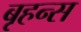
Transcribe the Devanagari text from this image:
बृहन्स